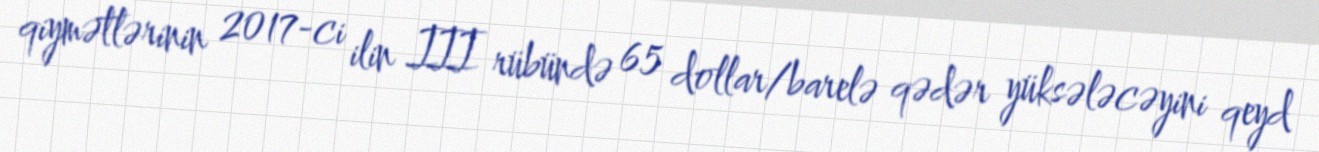
qiymətlərinin 2017-ci ilin III rübündə 65 dollar/barelə qədər yüksələcəyini qeyd